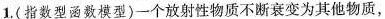
1.(指数型函数模型)一个放射性物质不断衰变为其他物质，